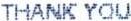
THANK YOU